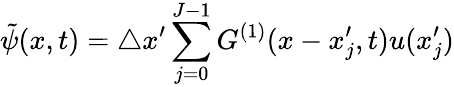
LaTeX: \tilde{\psi}(x,t)=\triangle x^{\prime}\sum_{j=0}^{J-1}G^{(1)}(x-x_{j}^{\prime},t)u(x_{j}^{\prime})